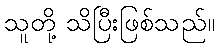
သူတို့ သိပြီးဖြစ်သည်။